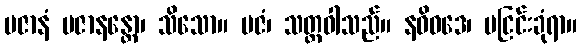
ပဇာနံ ပဇာနန္တော၊ သိသော။ ပဇံ၊ သတ္တဝါသည်။ နဝိဝဒေ၊ မငြင်းခုံရာ။